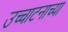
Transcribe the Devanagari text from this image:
उच्चाटनाच्या